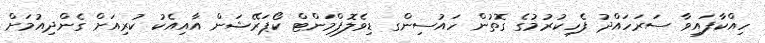
ހިއްކާފައިވާ ސަރަހައްދު ފެހިކުރުމުގެ ގޮތުން ހައުސިންގ ޑިވެލޮޕްމަންޓް ކޯޕަރޭޝަން އާއިއެކު ކުރިއަށް ގެންދިއުމަށް